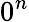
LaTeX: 0^{n}